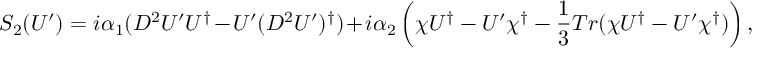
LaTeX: S _ { 2 } ( U ^ { \prime } ) = i \alpha _ { 1 } ( D ^ { 2 } U ^ { \prime } U ^ { \dagger } - U ^ { \prime } ( D ^ { 2 } U ^ { \prime } ) ^ { \dagger } ) + i \alpha _ { 2 } \left( \chi U ^ { \dagger } - U ^ { \prime } \chi ^ { \dagger } - \frac { 1 } { 3 } T r ( \chi U ^ { \dagger } - U ^ { \prime } \chi ^ { \dagger } ) \right) ,